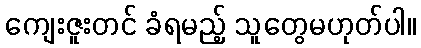
ကျေးဇူးတင် ခံရမည့် သူတွေမဟုတ်ပါ။